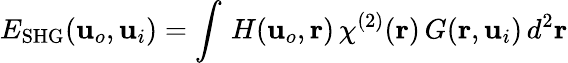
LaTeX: E_{\mathrm{SHG}}(\mathbf{u}_{o},\mathbf{u}_{i})=\int\, H(\mathbf{u}_{o},\mathbf{r})\, \chi^{(2)}(\mathbf{r})\, G(\mathbf{r},\mathbf{u}_{i})\, d^{2}\mathbf{r}